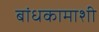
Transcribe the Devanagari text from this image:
बांधकामाशी